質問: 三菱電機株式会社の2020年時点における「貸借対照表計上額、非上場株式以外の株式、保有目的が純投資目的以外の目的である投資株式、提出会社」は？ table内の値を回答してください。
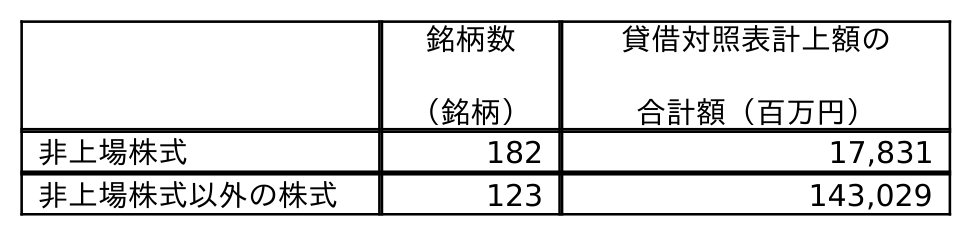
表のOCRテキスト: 銘柄数 （銘柄） 貸借対照表計上額の 合計額（百万円） 非上場株式 182 17,831 非上場株式以外の株式 123 143,029
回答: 143,029